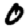
Digit: 0